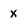
Character: X